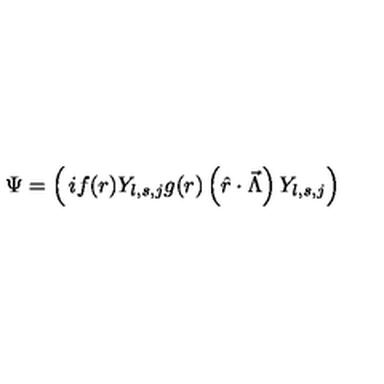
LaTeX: \Psi = \left( \begin{matrix} { i f ( r ) Y _ { l , s , j } } \\ { g ( r ) \left( \hat { r } \cdot \vec { \Lambda } \right) Y _ { l , s , j } } \\ \end{matrix} \right)